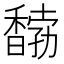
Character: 𩡒